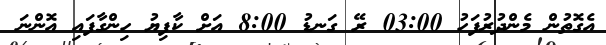
އެގޮތުން މެންދުރުފަހު 03:00 ރޭ ގަނޑު 8:00 އަށް ކާފިޔު ހިންގާފައި އޮންނަ